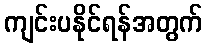
ကျင်းပနိုင်ရန်အတွက်